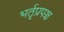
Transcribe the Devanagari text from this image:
भर्तृप्रपञ्च